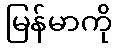
မြန်မာကို